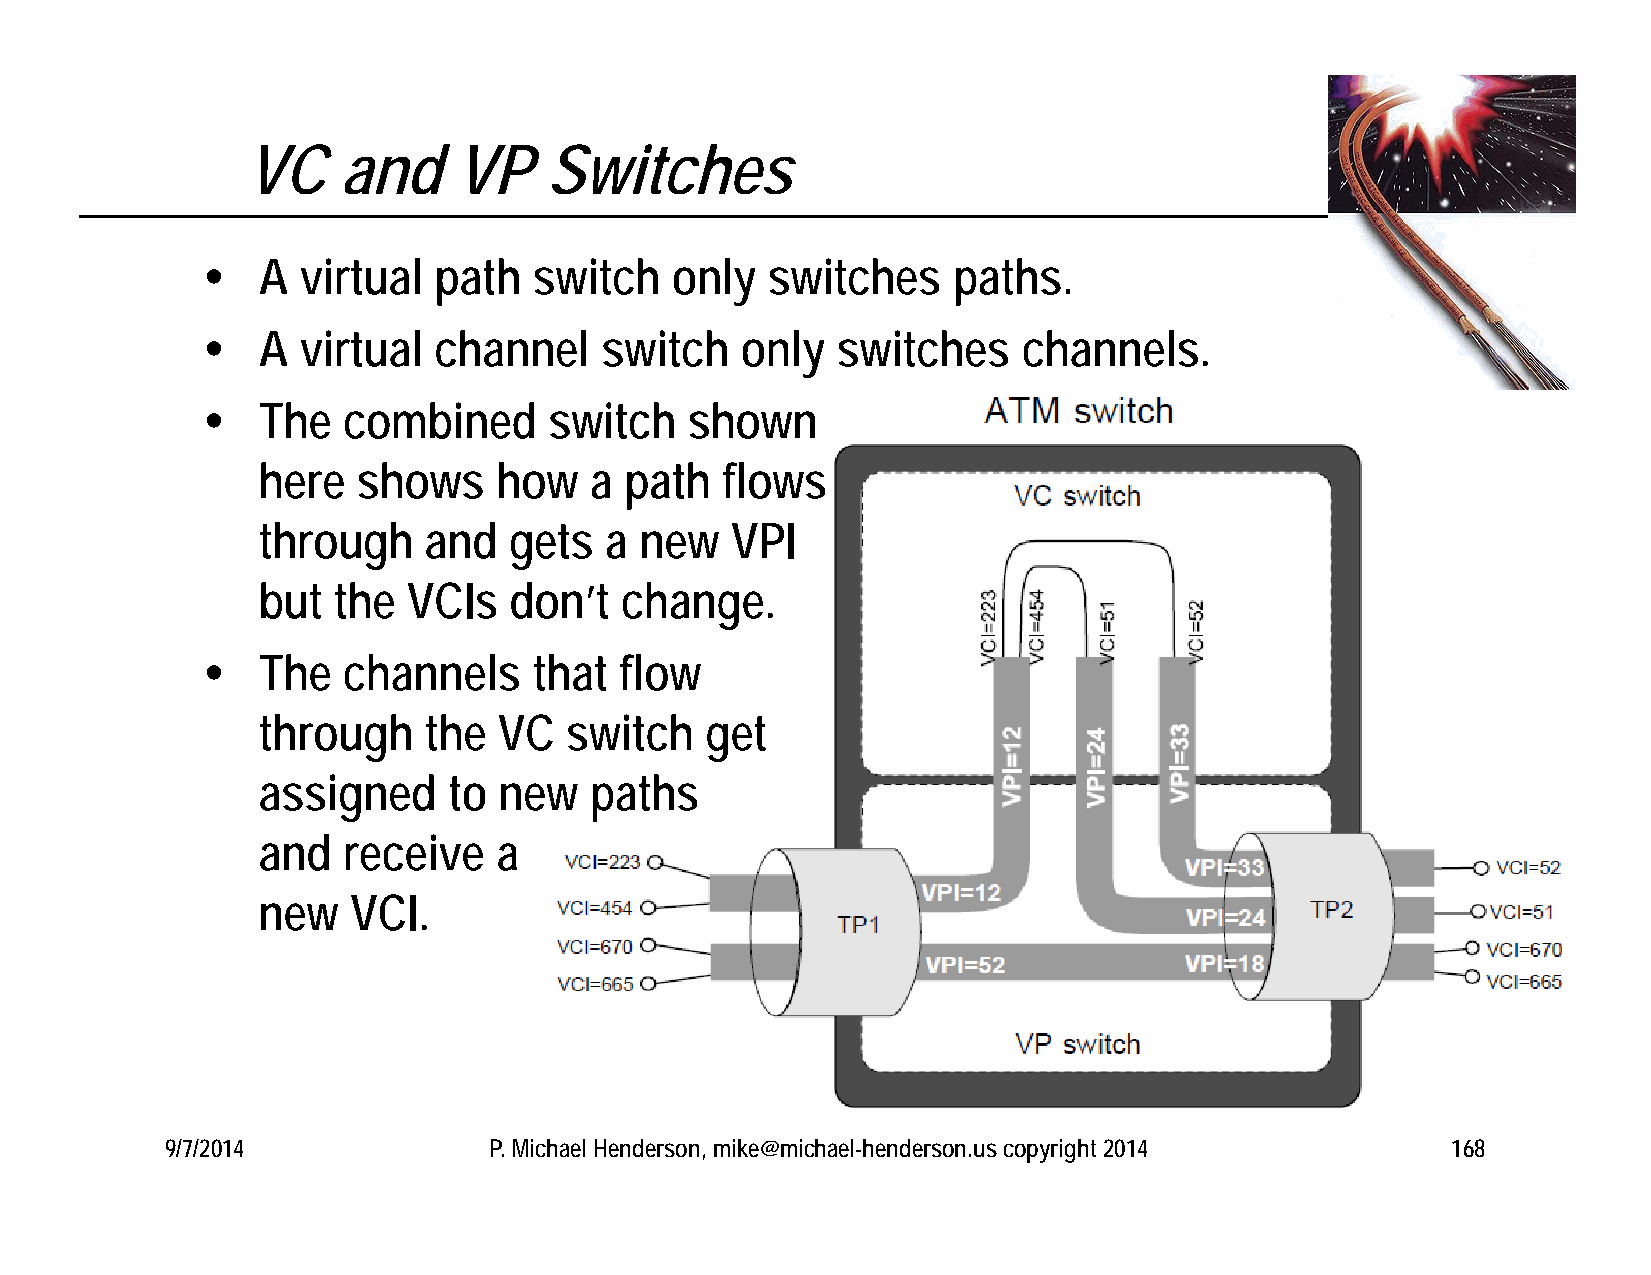
VC     and    VP    Switches
    A  virtual  path  switch   only   switches    paths.
    A  virtual  channel    switch   only  switches     channels.
    The   combined     switch    shown
 here   shows    how   a path   flows
 through    and   gets  a new   VPI
 but  the  VCIs   don’t  change.
    The   channels    that  flow
 through    the  VC  switch    get
 assigned     to new   paths
 and   receive   a
 new   VCI.
 9/7/2014             P. Michael Henderson, mike@michael-henderson.us copyright 2014  168